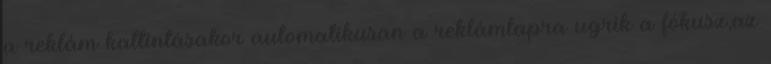
a reklám kattintásakor automatikusan a reklámlapra ugrik a fókusz,az